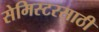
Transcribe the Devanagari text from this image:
सेमिस्टरसाठी